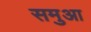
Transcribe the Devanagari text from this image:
समुआ